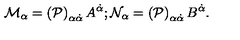
{ \cal M } _ { \alpha } = \left( { \cal P } \right) _ { \alpha \dot { \alpha } } A ^ { \dot { \alpha } } ; { \cal N } _ { \alpha } = \left( { \cal P } \right) _ { \alpha \dot { \alpha } } B ^ { \dot { \alpha } } .